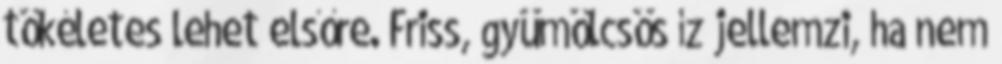
tökéletes lehet elsőre. Friss, gyümölcsös íz jellemzi, ha nem